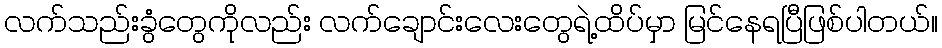
လက်သည်းခွံတွေကိုလည်း လက်ချောင်းလေးတွေရဲ့ထိပ်မှာ မြင်နေရပြီဖြစ်ပါတယ်။